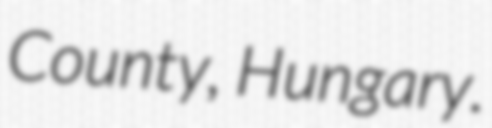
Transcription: County, Hungary.